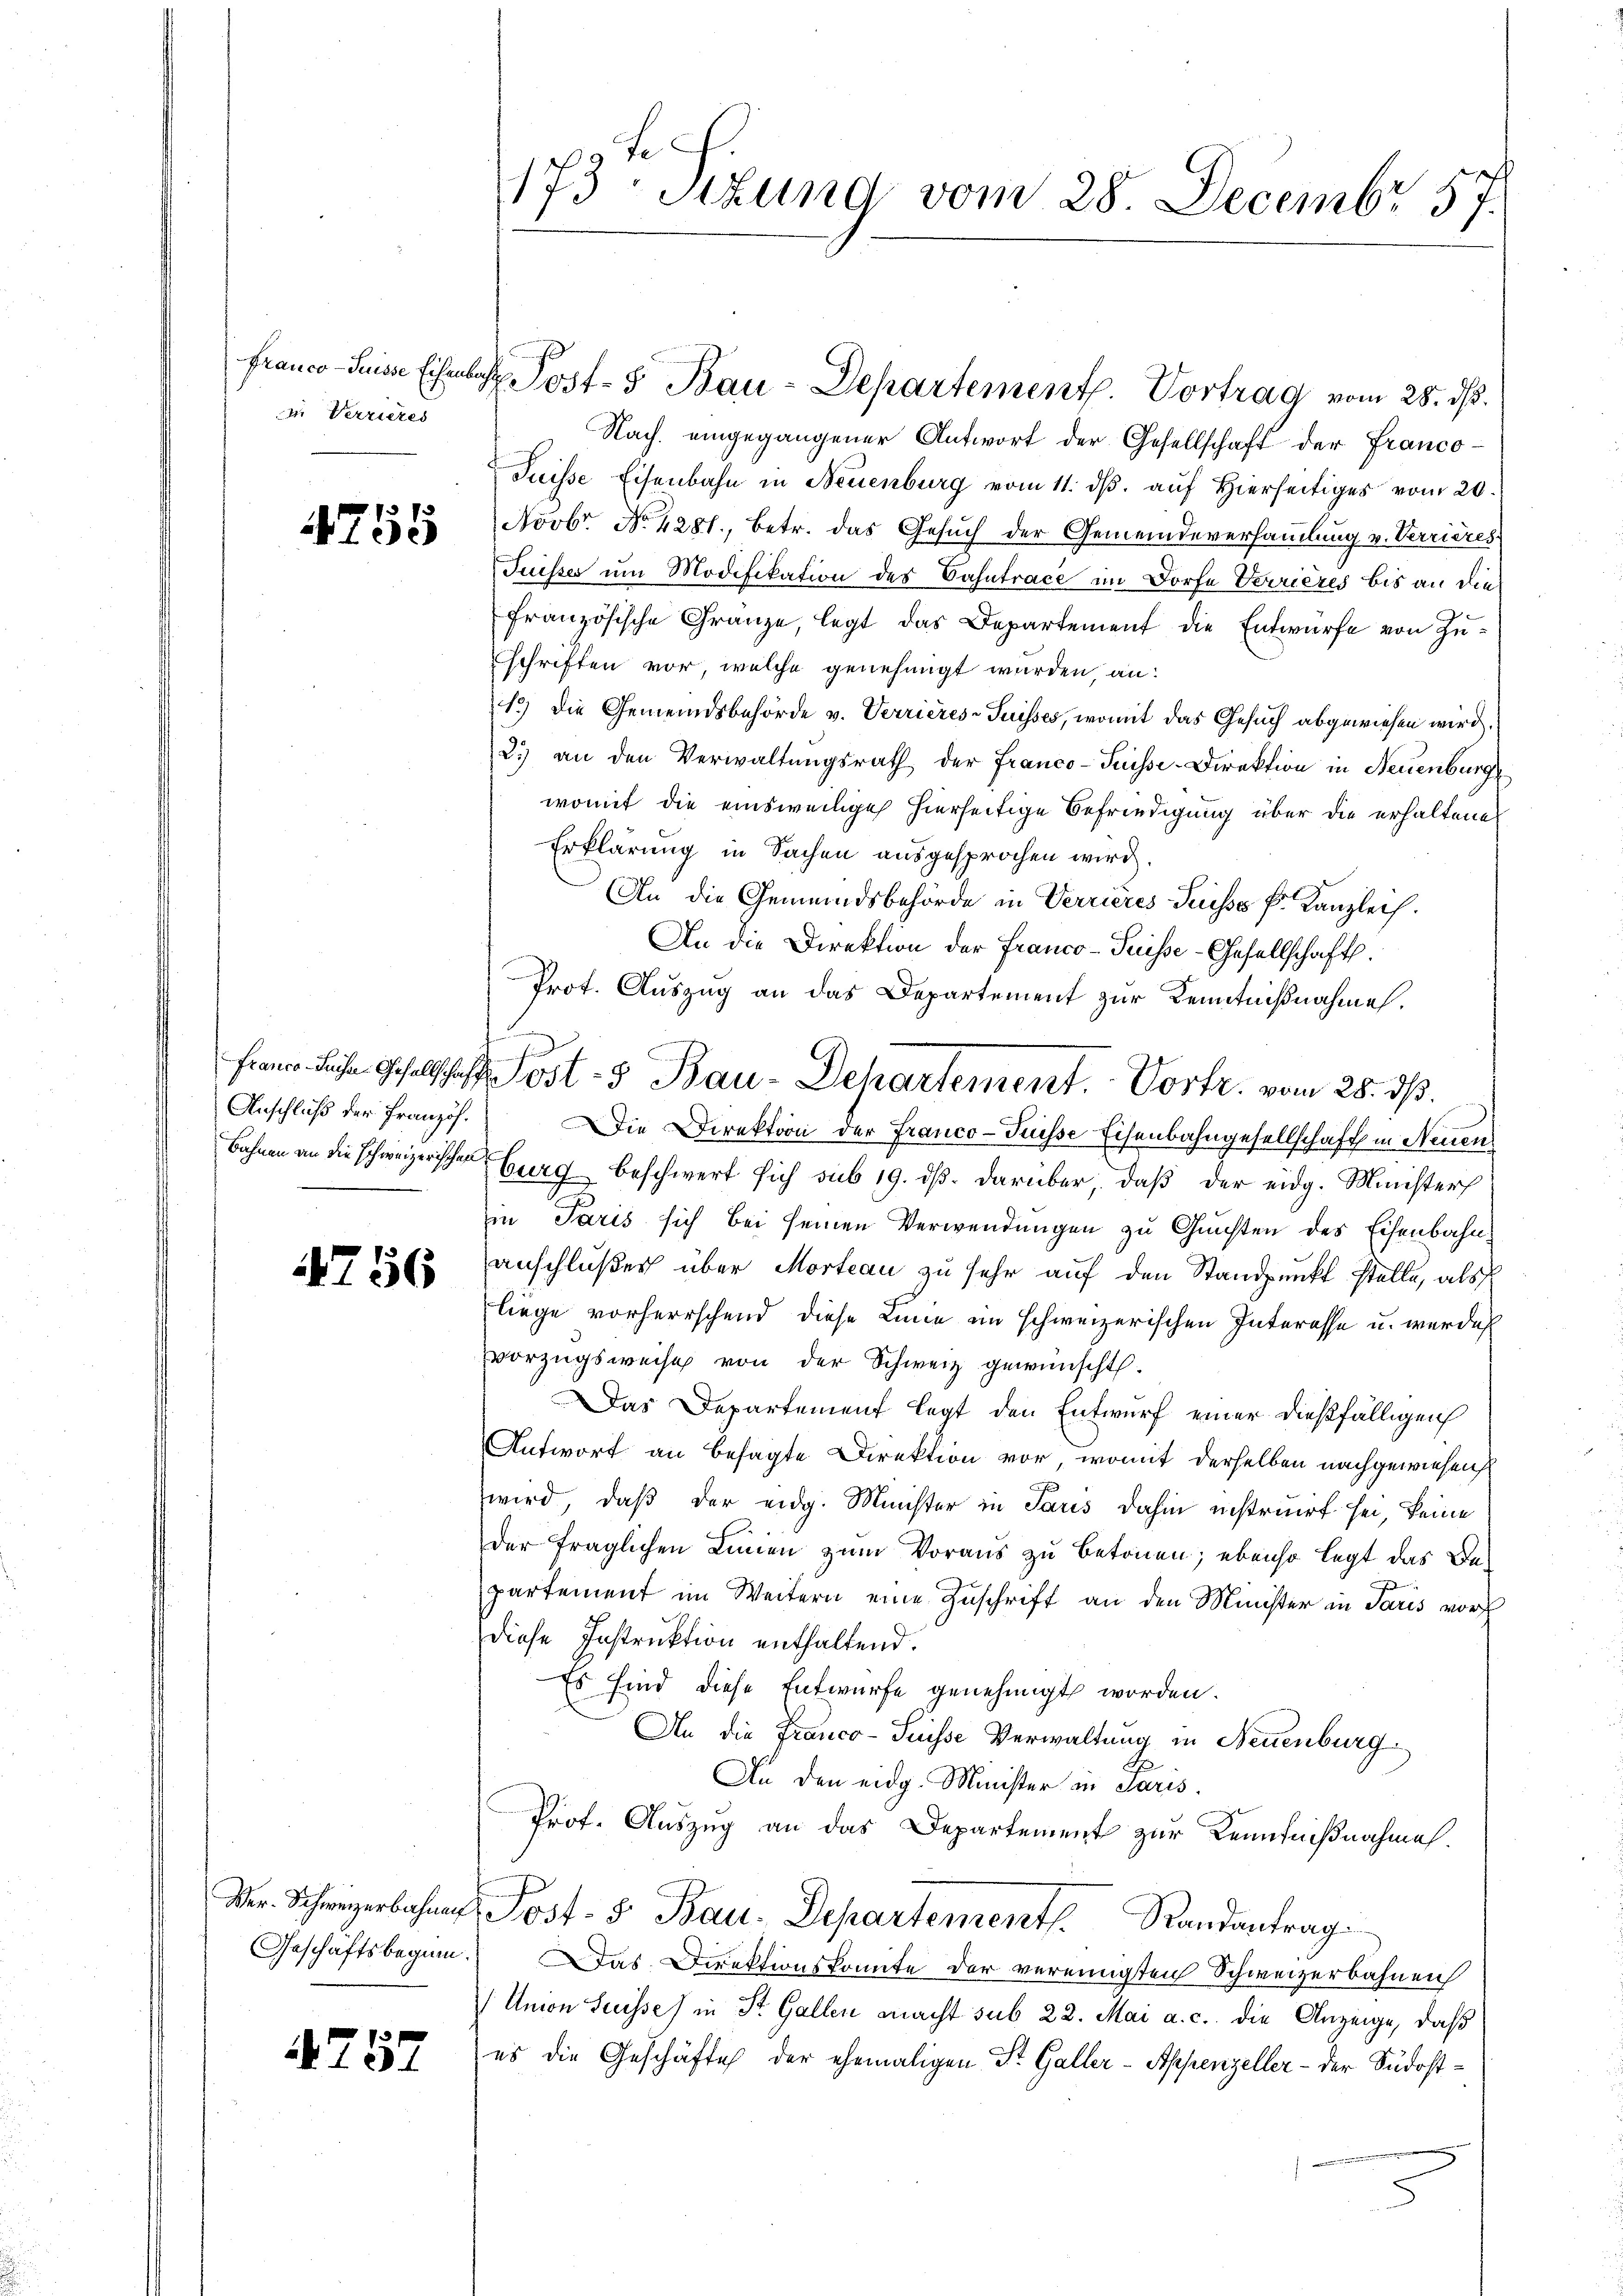
. Verrieres

4755

Anschluß der Französ.

4756

Geschäftsbeginn.

4757

Nach eingegangener Antwort der Gesellschaft der Franco-
Puisse Eisenbahn in Neuenburg vom 11. dβ aŭf Hierseitiges vom 20.
Novbr. No. 4281, betr. das Gesŭch der Gemeindeversammlung v. Verrieres
Puisses um Modifikation des Bahntrace im Dorfe Verrieres bis an die
französische Gränze, legt das Departement die Entwurfe von Zuschriften vor, welche genehmigt wurden, an:
13) Die Gemeindsbehörde v. Verrieres-Puisses, womit das Gesuch abgewiesen wird.
2. an den Verwaltŭngsrath der Franco- Puisse-Direktion in Neuenburg
womit die einsweilige hierseitige Befriedigung über die erhaltenes
Erklärung in Sachen ausgesprochen wird.
An die Gemeindsbehörde in Verrieres Suisses k. Kanzleih
An die Direktion der Franco- Puisse-Gesellschaft.
Prot. Auszug an das Departement zur Kenntnißnahme.
Die Direktion der Franco- Puisse Eisenbahngesellschaft in Neuen
Bahnen an die schweizerischen burg beschwert sich sub 19. dβ. darüber, daβ der eidg. Minister
in Paris sich bei seinen Verwendungen zu Gunsten des Eisenbahnanschlußes über Morteau zu sehr auf den Standpunkt stelle, als
liege vorherrschend diese Linie im schweizerischen Interesse u. werde
vorzugsweise von der Schweiz gewünscht.
Das Departement legt den Entwurf einer dießfälligen
Antwort an besagte Direktion vor, womit derselben nachgewiesen
wird, daß der eidg. Minister in Paris dahin instruirt sei, keine
der fraglichen Linien zum Voraus zu betonen; ebenso legt das Bepartement im Weitern eine Zuschrift an den Minister in Paris vor
diese Instruktion enthaltend.
Es sind diese Entwurfe genehmigt worden.
An die Franco-Suisse Verwaltung in Neuenburg
An den eidg. Minister in Paris.
Prof. Auszug an das Departement zur Kenntnißnahme.
Ver. Schweizerbahnen Post- & Bau-Departement Randantrag
Das Direktionskomite der vereinigten Schweizerbahnen
Union Suisses in St. Gallen macht sub 22. Mai a. c. die Anzeige, daß
es die Geschäfte der ehemaligen St. Galler - Appenzeller - der Südost¬

173 Stund vom 28. Decembr 57.

Franco-Suisse Eisenbar ost- 5. Bau-Departement. Vortrag vom 28. ds.

f che Gesellschaft Bau-Departement. Vortr. vom 28. ds.